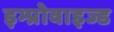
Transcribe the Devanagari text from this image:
इम्प्रोवाइज्ड